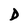
Character: D